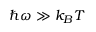
\hbar \omega \gg k _ { B } T